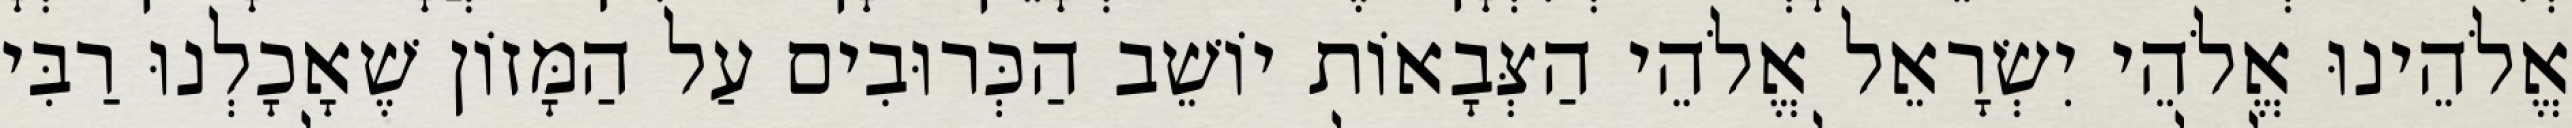
אֱלֹהֵינוּ אֱלֹהֵי יִשְׂרָאֵל אֱלֹהֵי הַצְּבָאוֹת יוֹשֵׁב הַכְּרוּבִים עַל הַמָּזוֹן שֶׁאָכָלְנוּ רַבִּי